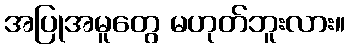
အပြုအမူတွေ မဟုတ်ဘူးလား။